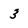
Character: 3